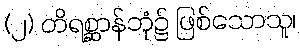
(၂) တိရစ္ဆာန်ဘုံ၌ ဖြစ်သောသူ၊